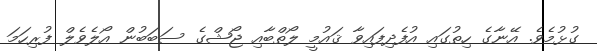
ގުޅުމެވެ. އޭނާގެ ހިތުގައި އުފެދިފައިވާ ޤައުމީ ލޯތްބާއި ޖޯޝްގެ ސަބަބުން އޯލެވެލް ފުރިހަމަ